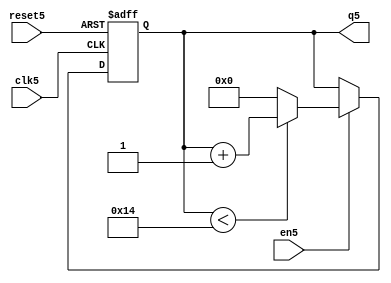
`timescale 1ns / 1ps
//////////////////////////////////////////////////////////////////////////////////
// Company: 
// Engineer: 
// 
// Design Name: 
// Module Name:    count_5_bits 
// Project Name: 
// Target Devices: 
// Tool versions: 
// Description: 
//
// Dependencies: 
//
// Revision: 
// Revision 0.01 - File Created
// Additional Comments: 
//
///////////////////////////////////////////////////////////////////////////////
//////////CONTADOR QUE ESTABLECE LA REFERENCIA////////////////////////////////
module count_5_bits(
		input wire clk5,
		input wire reset5,
		input wire en5,
		output wire [4:0] q5
		
    );

//Signal Declarations
reg [4:0]q_act5, q_next5;


//Body of "state" registers
always@(posedge clk5,posedge reset5)
	if(reset5)
		q_act5 <= 5'b0;
	else
		q_act5 <= q_next5;
		

//Specified functions of the counter 		
always@*
begin
	if(en5)
	begin
		if(q5 < 5'd20) 
			begin
				q_next5 = q_act5 + 5'b1;
				
			end
		else 
			q_next5 = 5'b0;
	end
			
	else 
		q_next5 = q_act5;

end


//Output Logic
assign q5 = q_act5;
 
endmodule